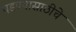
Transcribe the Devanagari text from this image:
पडण्यासाठीचे